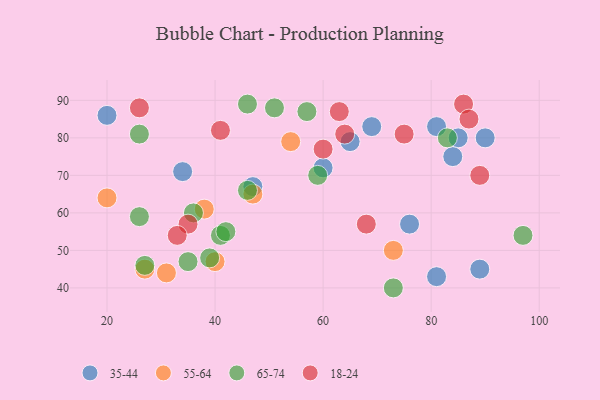
{"axis": {"x": "GDP", "y": "Life Expectancy"}, "legend": ["18-24", "35-44", "55-64", "65-74"], "data": [{"x": "76", "y": 57, "type": "35-44"}, {"x": "81", "y": 43, "type": "35-44"}, {"x": "65", "y": 79, "type": "35-44"}, {"x": "85", "y": 80, "type": "35-44"}, {"x": "90", "y": 80, "type": "35-44"}, {"x": "34", "y": 71, "type": "35-44"}, {"x": "84", "y": 75, "type": "35-44"}, {"x": "89", "y": 45, "type": "35-44"}, {"x": "81", "y": 83, "type": "35-44"}, {"x": "20", "y": 86, "type": "35-44"}, {"x": "60", "y": 72, "type": "35-44"}, {"x": "47", "y": 67, "type": "35-44"}, {"x": "69", "y": 83, "type": "35-44"}, {"x": "54", "y": 79, "type": "55-64"}, {"x": "20", "y": 64, "type": "55-64"}, {"x": "31", "y": 44, "type": "55-64"}, {"x": "38", "y": 61, "type": "55-64"}, {"x": "73", "y": 50, "type": "55-64"}, {"x": "27", "y": 45, "type": "55-64"}, {"x": "40", "y": 47, "type": "55-64"}, {"x": "47", "y": 65, "type": "55-64"}, {"x": "36", "y": 60, "type": "65-74"}, {"x": "26", "y": 59, "type": "65-74"}, {"x": "41", "y": 54, "type": "65-74"}, {"x": "35", "y": 47, "type": "65-74"}, {"x": "27", "y": 46, "type": "65-74"}, {"x": "26", "y": 81, "type": "65-74"}, {"x": "57", "y": 87, "type": "65-74"}, {"x": "39", "y": 48, "type": "65-74"}, {"x": "83", "y": 80, "type": "65-74"}, {"x": "42", "y": 55, "type": "65-74"}, {"x": "97", "y": 54, "type": "65-74"}, {"x": "59", "y": 70, "type": "65-74"}, {"x": "73", "y": 40, "type": "65-74"}, {"x": "46", "y": 89, "type": "65-74"}, {"x": "46", "y": 66, "type": "65-74"}, {"x": "51", "y": 88, "type": "65-74"}, {"x": "63", "y": 87, "type": "18-24"}, {"x": "35", "y": 57, "type": "18-24"}, {"x": "64", "y": 81, "type": "18-24"}, {"x": "26", "y": 88, "type": "18-24"}, {"x": "75", "y": 81, "type": "18-24"}, {"x": "89", "y": 70, "type": "18-24"}, {"x": "86", "y": 89, "type": "18-24"}, {"x": "60", "y": 77, "type": "18-24"}, {"x": "33", "y": 54, "type": "18-24"}, {"x": "68", "y": 57, "type": "18-24"}, {"x": "41", "y": 82, "type": "18-24"}, {"x": "87", "y": 85, "type": "18-24"}]}